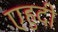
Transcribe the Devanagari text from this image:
एहुदी